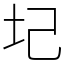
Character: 圮